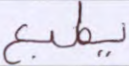
يطبع